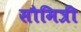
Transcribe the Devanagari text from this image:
सौमित्री